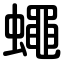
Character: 蠅